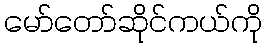
မော်တော်ဆိုင်ကယ်ကို